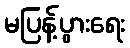
မပြန့်ပွားရေး